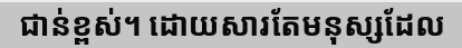
ជាន់ខ្ពស់។ ដោយសារតែមនុស្សដែល